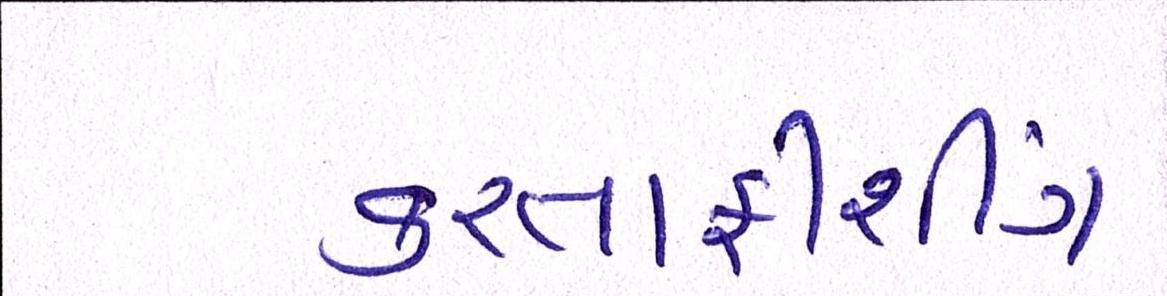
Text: કરતાફીશીંગ